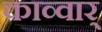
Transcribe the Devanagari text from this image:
काव्वार्